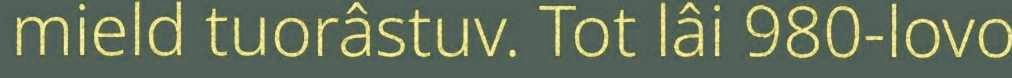
mield tuorâstuv. Tot lâi 980-lovo